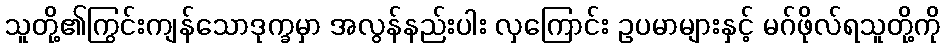
သူတို့၏ကြွင်းကျန်သောဒုက္ခမှာ အလွန်နည်းပါး လှကြောင်း ဥပမာများနှင့် မဂ်ဖိုလ်ရသူတို့ကို